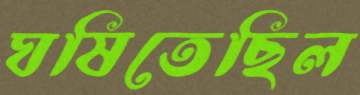
ঘষিতেছিল